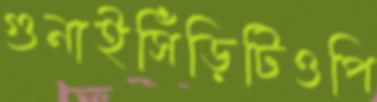
গুনাইসিঁড়িটিওপি